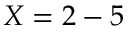
X = 2 - 5